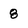
Character: 8